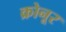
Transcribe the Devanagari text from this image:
क्रोनूर